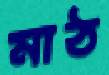
মাঠ